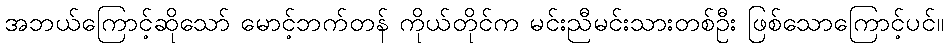
အဘယ်ကြောင့်ဆိုသော် မောင့်ဘက်တန် ကိုယ်တိုင်က မင်းညီမင်းသားတစ်ဦး ဖြစ်သောကြောင့်ပင်။